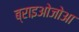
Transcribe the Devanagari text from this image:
ब्राइओजोआ